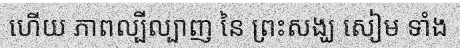
ហើយ ភាពល្បីល្បាញ នៃ ព្រះសង្ឃ សៀម ទាំង